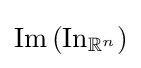
\operatorname {Im} \left(\operatorname {In} _{\mathbb {R} ^{n}}\right)